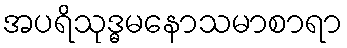
အပရိသုဒ္ဓမနောသမာစာရာ